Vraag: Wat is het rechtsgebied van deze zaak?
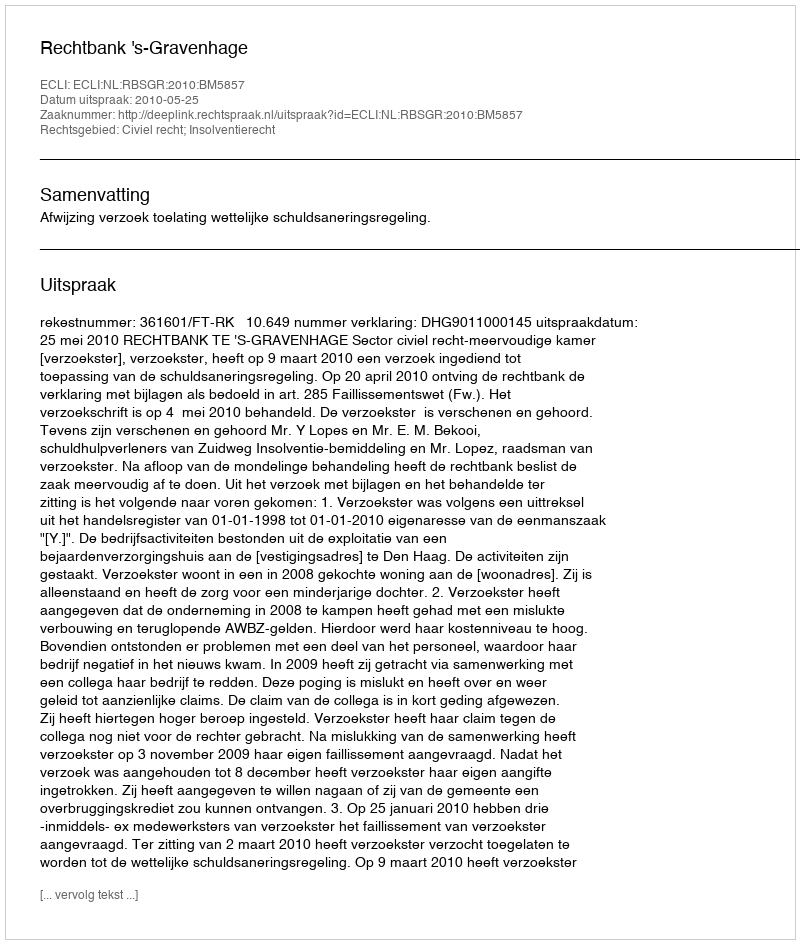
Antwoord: Civiel recht; Insolventierecht